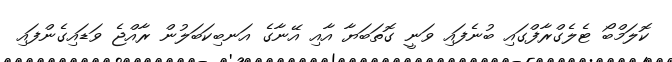
ކޮލަމްބޯ ޓެލެގްރާފްގައި ބުނެފައި ވަނީ ގޮތަބަޔާ އާއި އޭނާގެ އަނބިކަބަލުން ރާއްޖެ ވަޑައިގެންފައި